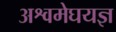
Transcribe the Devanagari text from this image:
अश्वमेघयज्ञ